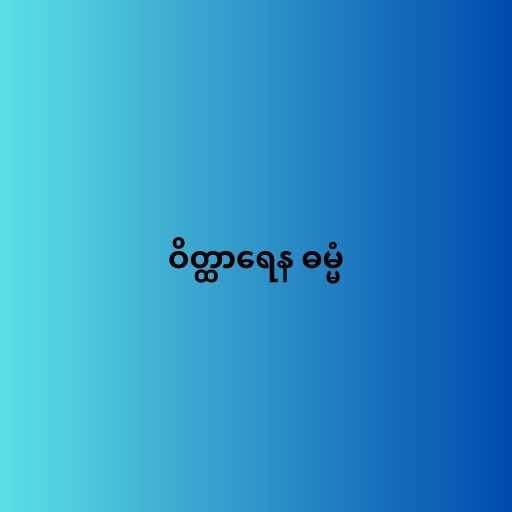
ဝိတ္ထာရေန ဓမ္မံ